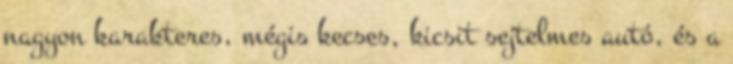
nagyon karakteres, mégis kecses, kicsit sejtelmes autó, és a